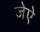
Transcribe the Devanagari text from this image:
जेऐ